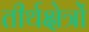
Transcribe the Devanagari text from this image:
तीर्थक्षेत्रों